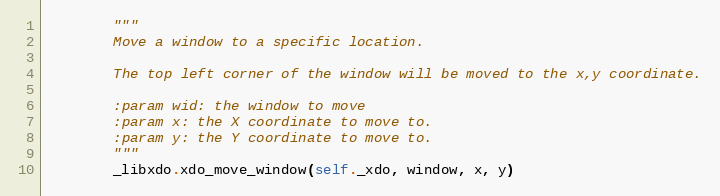
Language: Python
        """
        Move a window to a specific location.

        The top left corner of the window will be moved to the x,y coordinate.

        :param wid: the window to move
        :param x: the X coordinate to move to.
        :param y: the Y coordinate to move to.
        """
        _libxdo.xdo_move_window(self._xdo, window, x, y)